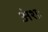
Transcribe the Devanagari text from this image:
अंशः